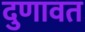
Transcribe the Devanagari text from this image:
दुणावत